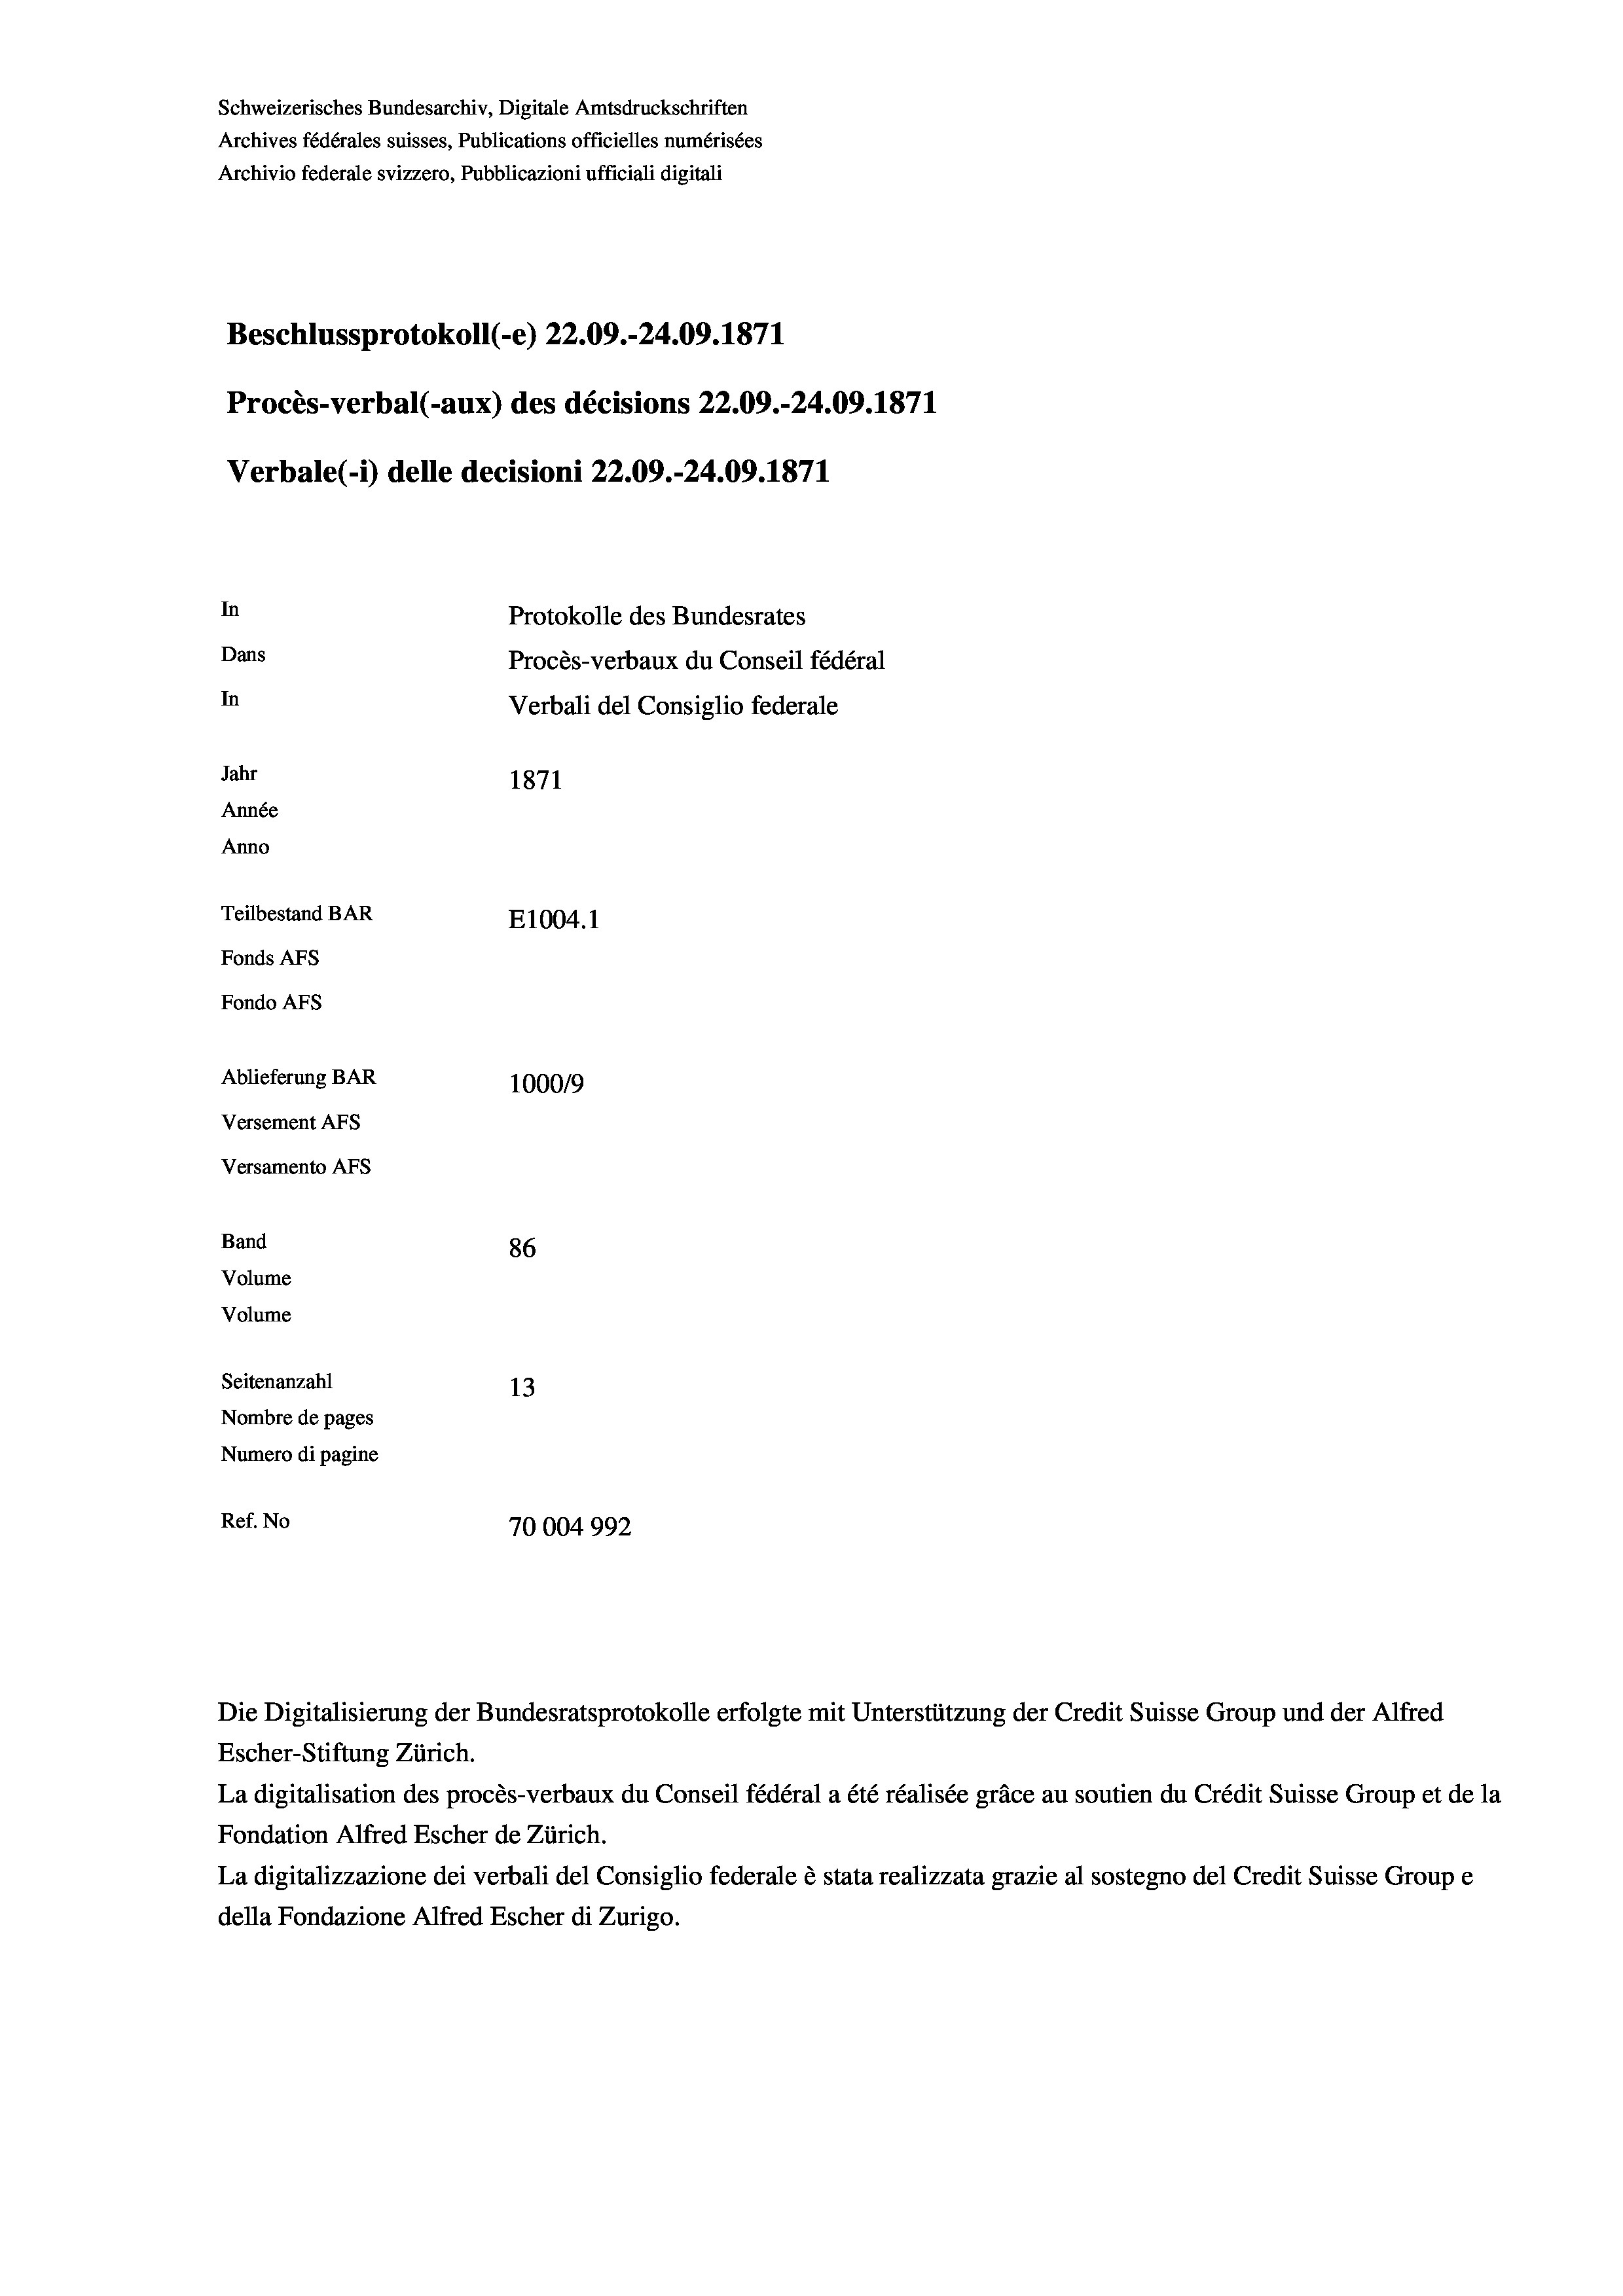
Schweizerisches Bundesarchiv, Digitale Amtsdruckschriften
Archives fédérales suisses, Publications officielles numérisées
Archivio federale svizzero, Pubblicazioni ufficiali digitali
Beschlussprotokoll (-e) 22.09.-24.09. 1871
Procès-verbal (-aux) des décisions 22.09.-24.09. 1871
Verbale (1) delle decisioni 22.09.-24.09. 1871
In
Protokolle des Bundesrates
Dans
Procès-verbaux du Conseil fédéral
In
Verbali del Consiglio federale
Jahr
1871
Année
Anno
Teilbestand BAR
E1004.1
Fonds AFs
Fondo Afs
Ablieferung BAR
100019
Versement AFs
Versamento AFs
Band
86
Volume
Volume
Seitenanzahl
13
Nombre de pages
Numero di pagine
Ref. No
70004992

Escher-Stiftung Zürich.
La digitalisation des procès-verbaux du Conseil fédéral a été réalisée gräce au soutien du Crédit Suisse Group et de la
Fondation Alfred Escher de Zürich.
La digitalizzazione dei verbali del Consiglio federale è stata realizzata grazie al sostegno del Credit Suisse Groupe
della Fondazione Alfred Escher di Zurigo.

Die Digitalisierung der Bundesratsprotokolle erfolgte mit Unterstützung der Credit Suisse Group und der Alfred